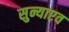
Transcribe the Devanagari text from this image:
सुन्याएव